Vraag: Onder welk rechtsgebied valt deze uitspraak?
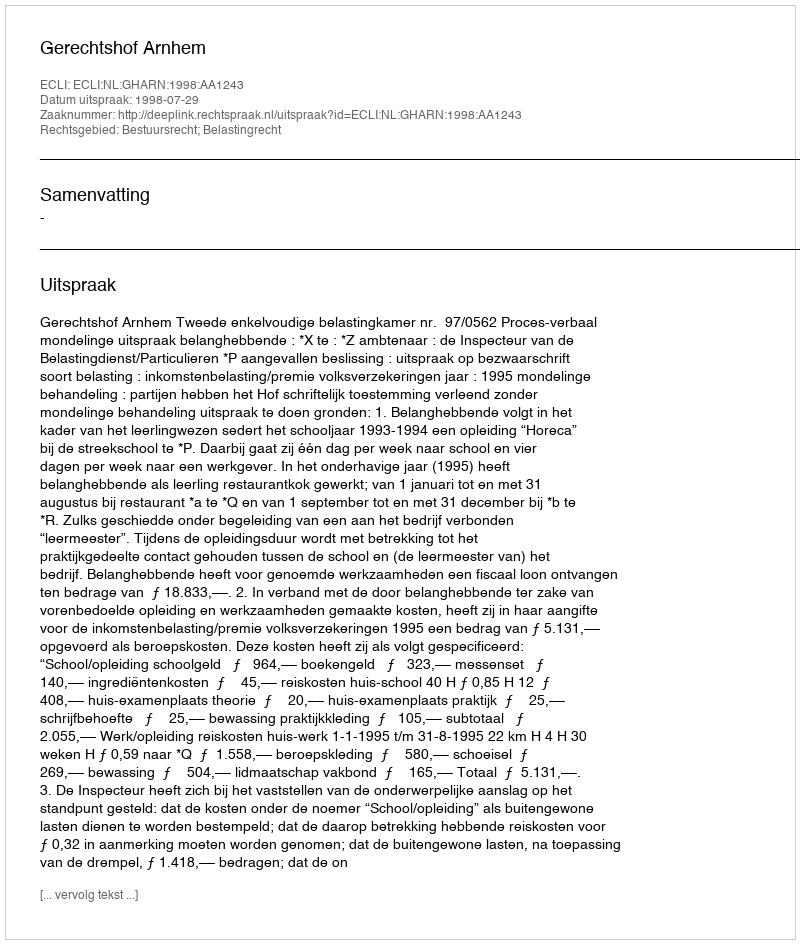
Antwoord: Bestuursrecht; Belastingrecht